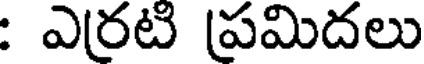
: ఎరటి ప్రమిదలు